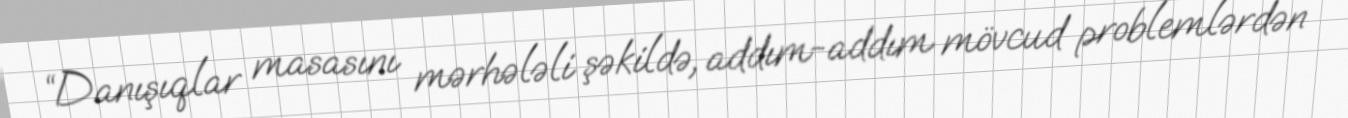
“Danışıqlar masasını mərhələli şəkildə, addım-addım mövcud problemlərdən